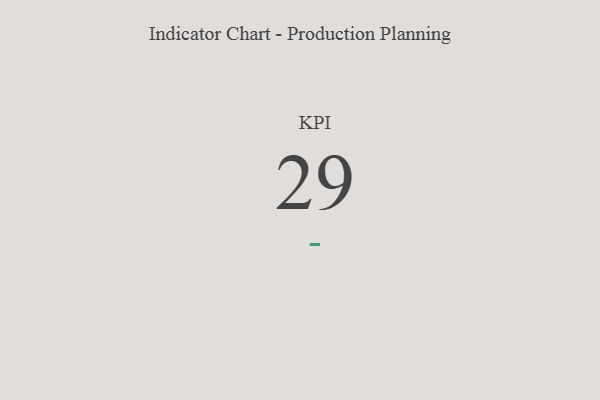
{"axis": {"x": "KPI", "y": "Value"}, "legend": [""], "data": [{"x": "KPI", "y": 29, "type": ""}]}